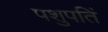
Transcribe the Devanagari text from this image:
पशुपतिं